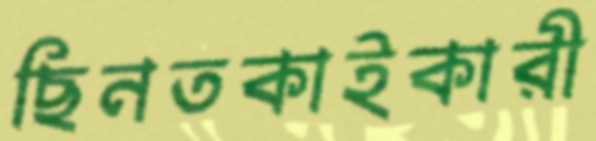
ছিনতকাইকারী